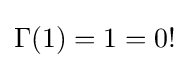
\Gamma (1)=1=0!